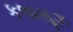
કલાસૂઝ